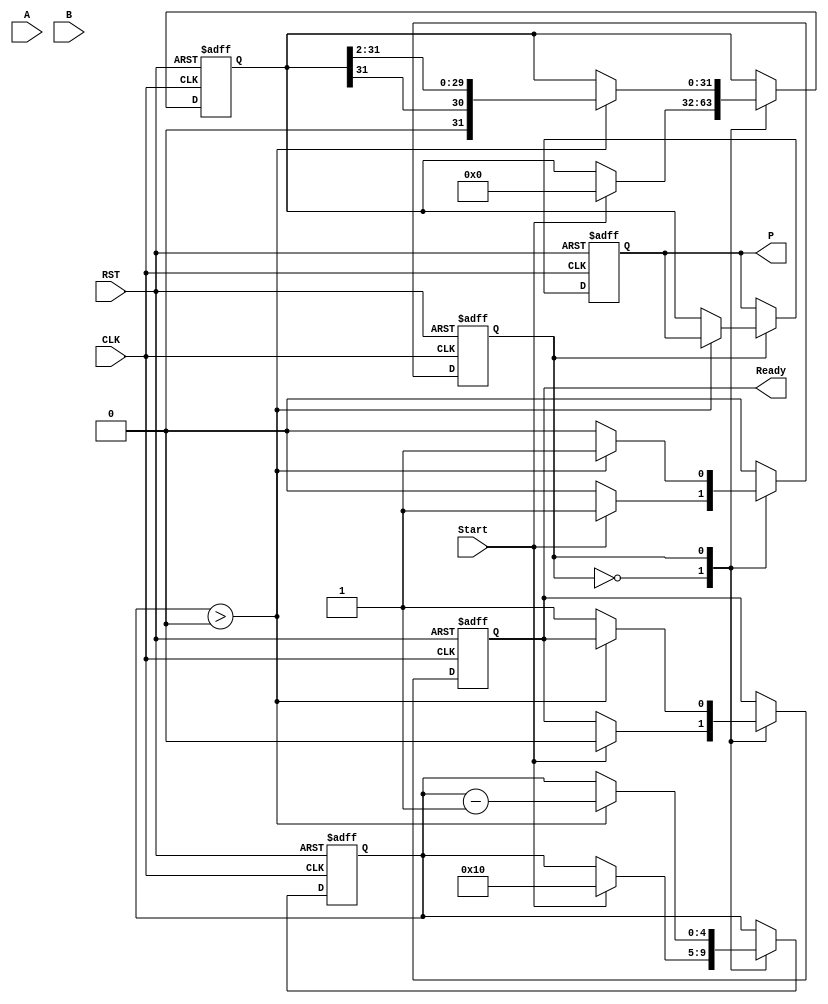
module booth_multiplier (
    input wire [15:0] A,        // Multiplicand
    input wire [15:0] B,        // Multiplier
    input wire Start,           // Control signal to start multiplication
    input wire CLK,             // Clock
    input wire RST,             // Reset
    output reg [31:0] P,        // Product
    output reg Ready            // Indicates multiplication completion
);

    reg [15:0] A_reg;           // Holds multiplicand
    reg [15:0] B_reg;           // Holds multiplier
    reg [15:0] Q_reg;           // Current value of the multiplier
    reg Q_minus_1;              // Previous LSB of Q_reg
    reg [31:0] Product_reg;     // Accumulator for the product
    reg [4:0] count;            // Count for number of bits processed
    reg state;                  // State variable for FSM

    // State encoding
    localparam IDLE = 1'b0, COMPUTE = 1'b1;

    always @(posedge CLK or posedge RST) begin
        if (RST) begin
            // Reset all registers and outputs
            A_reg <= 16'b0;
            B_reg <= 16'b0;
            Q_reg <= 16'b0;
            Q_minus_1 <= 1'b0;
            Product_reg <= 32'b0;
            P <= 32'b0;
            Ready <= 1'b0;
            count <= 5'b0;
            state <= IDLE;
        end else begin
            case (state)
                IDLE: begin
                    if (Start) begin
                        // Load registers and initialize
                        A_reg <= A;
                        B_reg <= B;
                        Q_reg <= B;
                        Q_minus_1 <= 1'b0;
                        Product_reg <= 32'b0;
                        count <= 5'd16; // Assuming 16-bit multiplication
                        state <= COMPUTE;
                        Ready <= 1'b0;
                    end
                end

                COMPUTE: begin
                    if (count > 0) begin
                        // Booth's algorithm logic
                        case ({Q_reg[0], Q_minus_1})
                            2'b01: Product_reg <= Product_reg + {16'b0, A_reg}; // Add A
                            2'b10: Product_reg <= Product_reg - {16'b0, A_reg}; // Subtract A
                            default: ; // No operation
                        endcase

                        // Shift operation
                        {Product_reg, Q_reg} <= {Product_reg[31], Product_reg[31:1], Q_reg[15:1]}; // Arithmetic right shift
                        Q_minus_1 <= Q_reg[0]; // Update Q_minus_1
                        count <= count - 1; // Decrement count
                    end else begin
                        // Multiplication complete
                        P <= Product_reg; // Store final product
                        Ready <= 1'b1; // Signal completion
                        state <= IDLE; // Return to IDLE state
                    end
                end
            endcase
        end
    end
endmodule